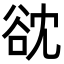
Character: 𮙌